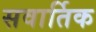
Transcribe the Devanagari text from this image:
सवार्तिक